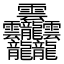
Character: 𱁬